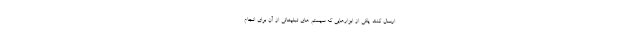
ارسال کنند. یکی از ابزارهایی که سیستم های تبلیغاتی از آن برای انجام